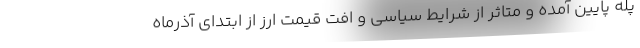
پله پایین آمده و متاثر از شرایط سیاسی و افت قیمت ارز از ابتدای آذرماه